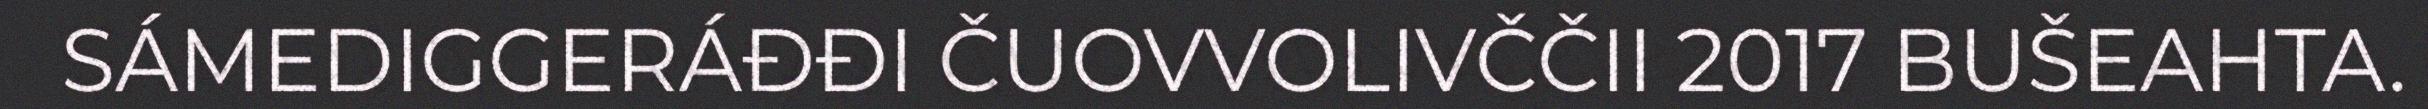
SÁMEDIGGERÁĐĐI ČUOVVOLIVČČII 2017 BUŠEAHTA.